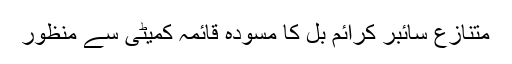
متنازع سائبر کرائم بل کا مسودہ قائمہ کمیٹی سے منظور